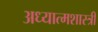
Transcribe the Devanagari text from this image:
अध्यात्मशास्त्री